Trukikaitis_Postimees, lk 503
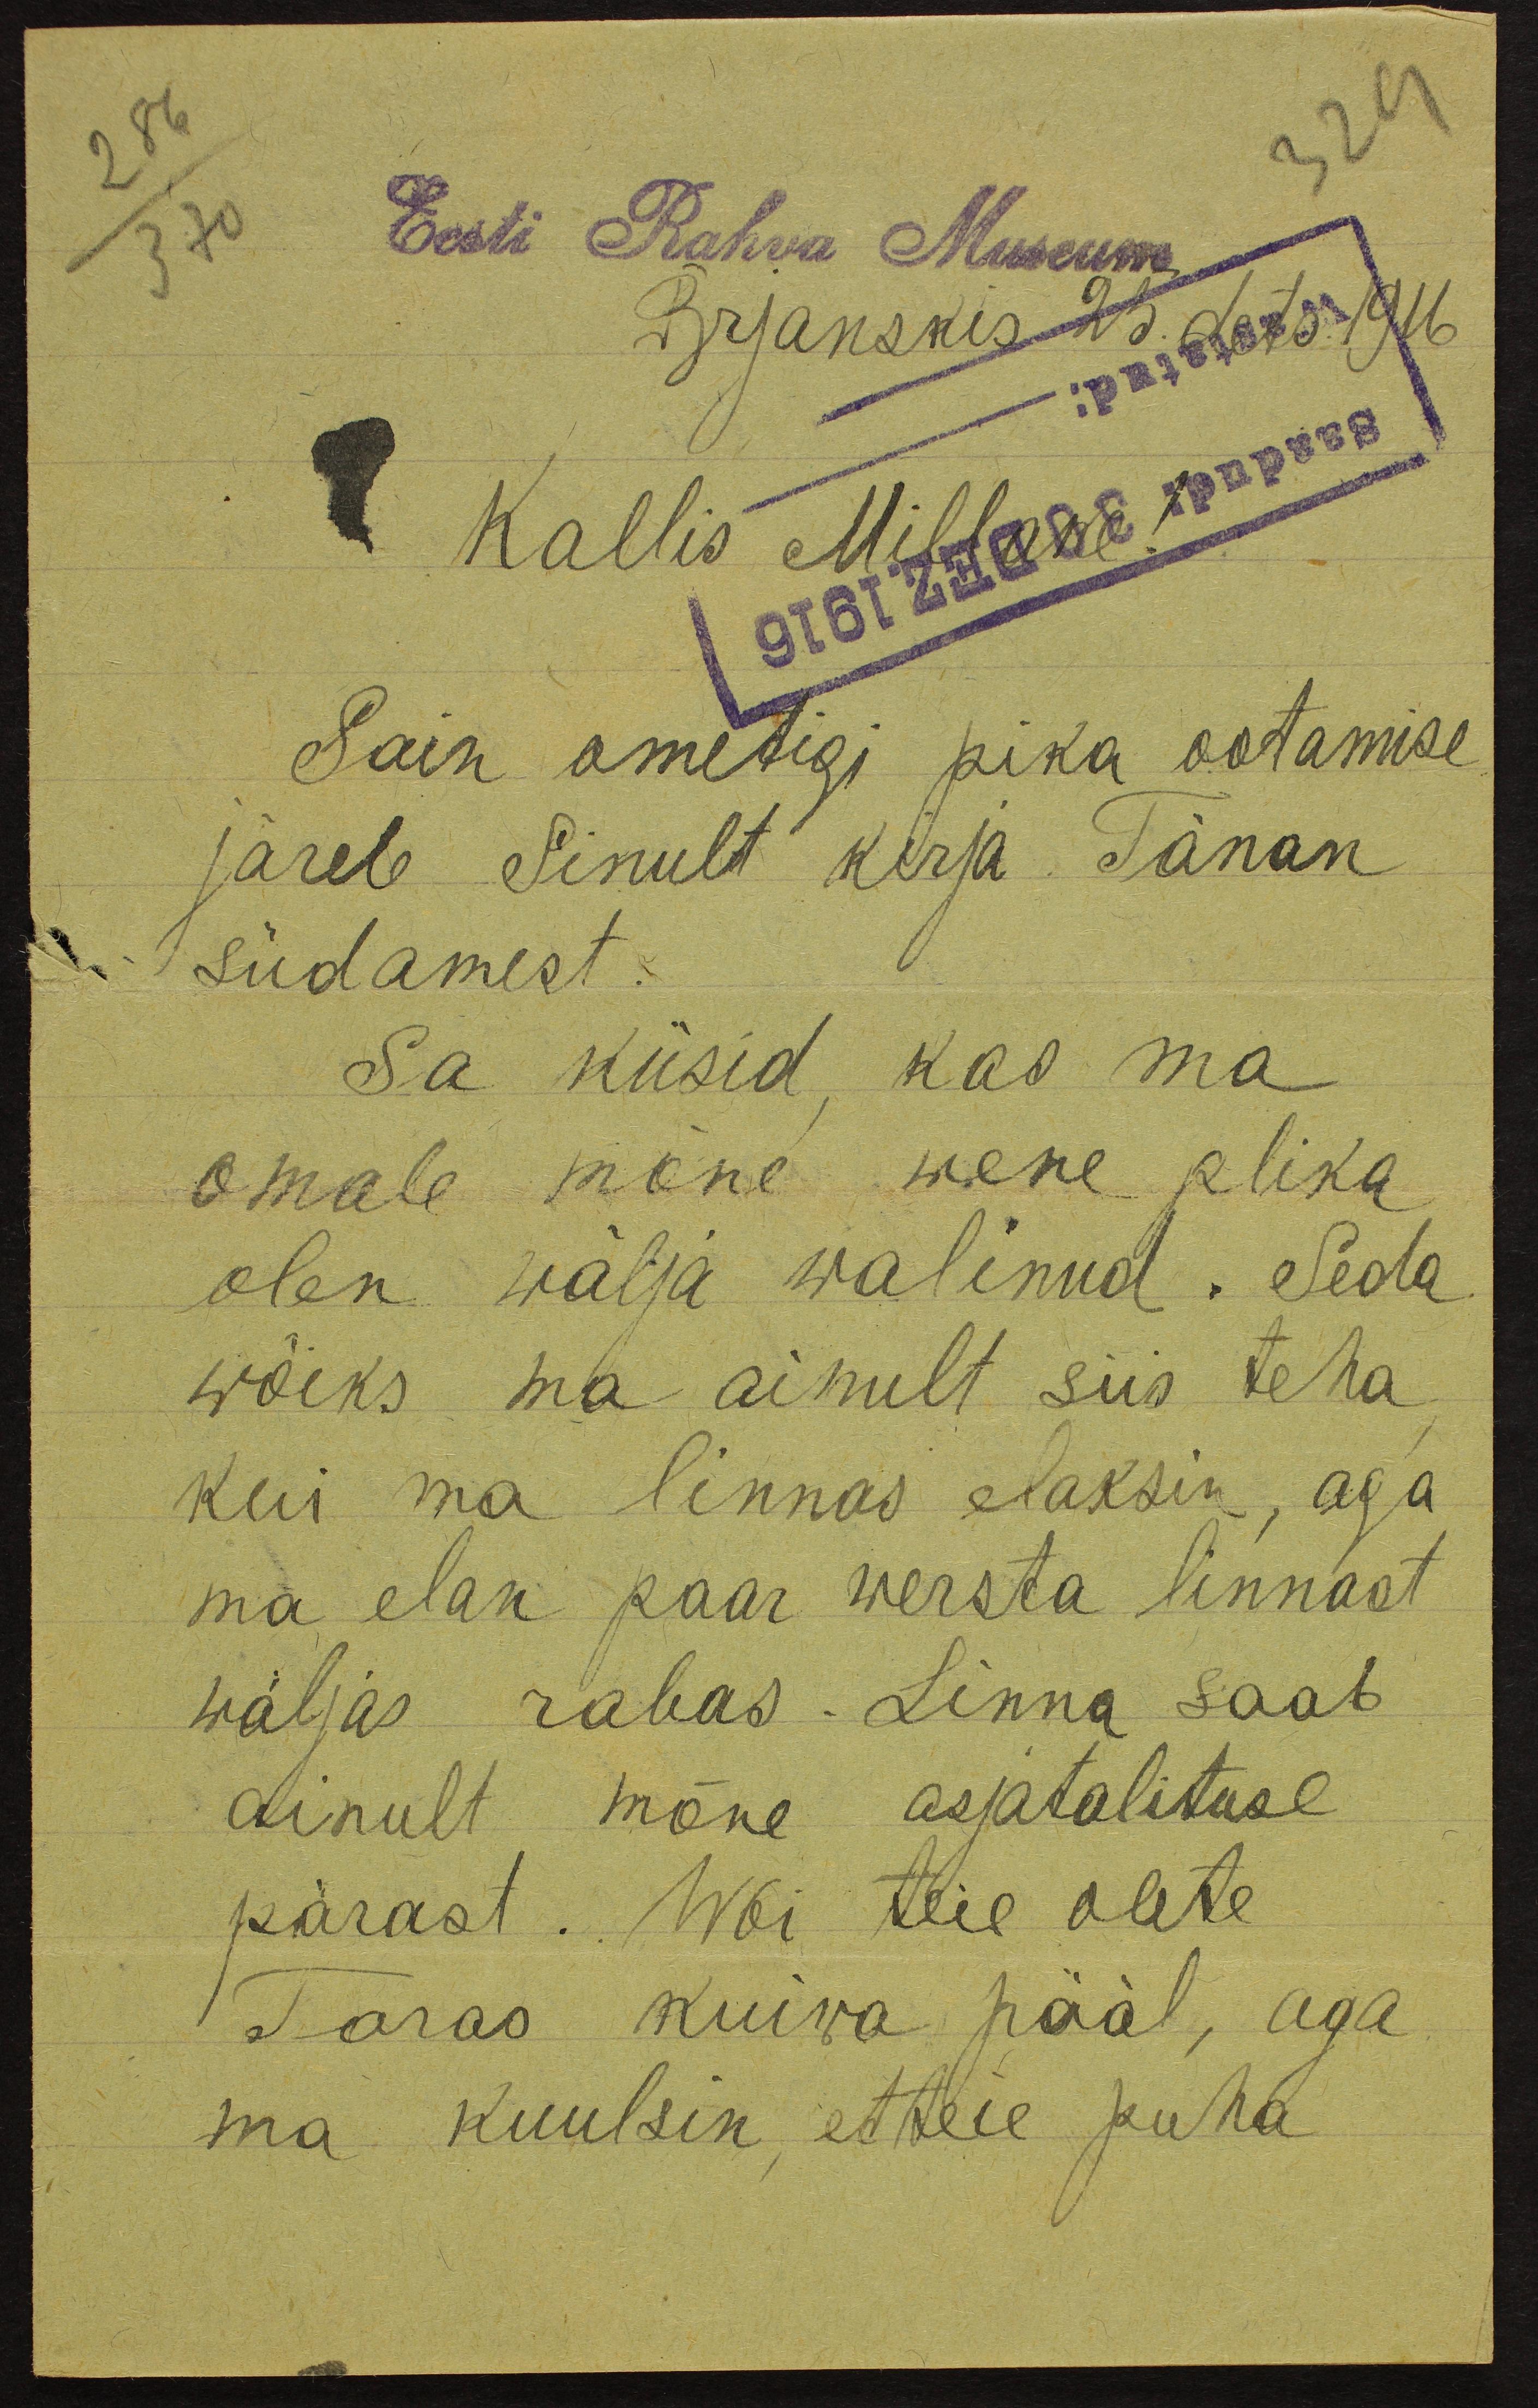
286
324
370
Eesti Rahva Museum
Brjanskis 25.dets 1916
Kallis Mill.
Sain ometigi pika ootamise
järele Sinult kirja. Tänan
südamest.
Sa küsid kas ma
omale mõne wene plika
olen wälja walinud. Seda
wõiks ma ainult siis teha
kui ma linnas elaksin, aga
ma elan paar wersta linnast
wäljas rabas. Linna saab
ainult mõne asjatalituse
pärast. Wõi teie olete
Taras kuiwa pääl, aga
ma kuulsin et teie puha